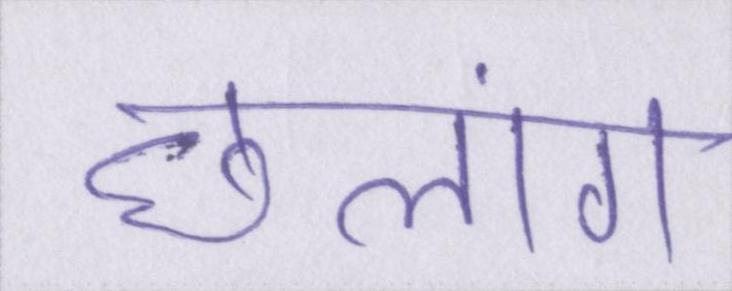
छलांग